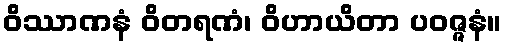
ဝိဿာဏနံ ဝိတရဏံ၊ ဝိဟာယိတာ ပဝဇ္ဇနံ။